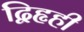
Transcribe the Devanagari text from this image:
द्विहृही